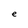
Character: e